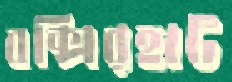
বক্সিরহাট